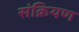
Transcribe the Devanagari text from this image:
संक्रियण